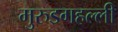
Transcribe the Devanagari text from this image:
मुरुडगहल्ली